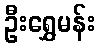
ဦးရွှေမန်း